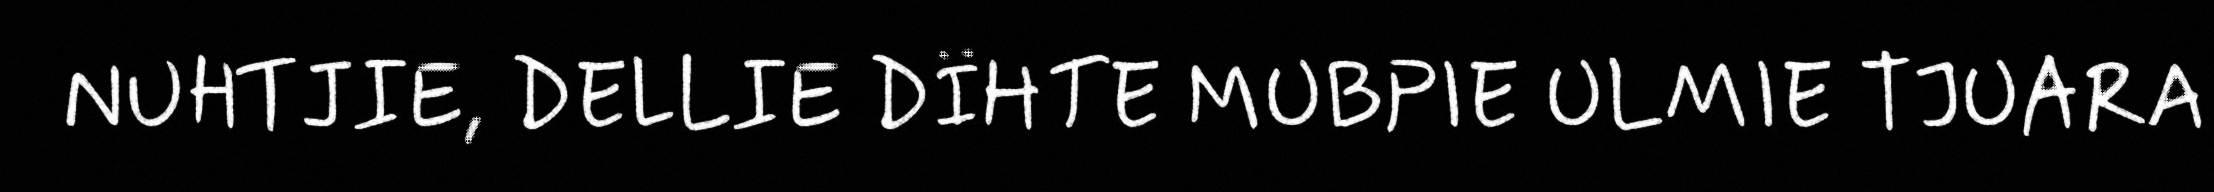
NUHTJIE, DELLIE DÏHTE MUBPIE ULMIE TJUARA